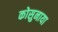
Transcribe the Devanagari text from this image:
कोसुनाया